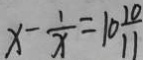
x - \frac { 1 } { x } = 1 0 \frac { 1 0 } { 1 1 }